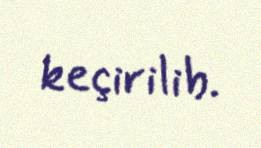
keçirilib.